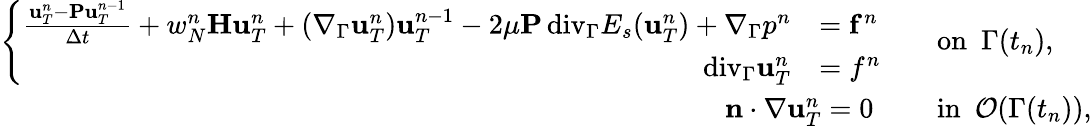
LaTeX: \begin{array}{rl}{\left\{ \begin{array}{rl}{\frac{\mathbf u_{T}^{n}-\mathbf P\mathbf u_{T}^{n-1}}{\Delta t}+w_{N}^{n}\mathbf H\mathbf u_{T}^{n}+(\nabla_{\Gamma}\mathbf u_{T}^{n})\mathbf u_{T}^{n-1}-2\mu\mathbf P{\mathop{\, \mathrm{div}}}_{\Gamma}E_{s}(\mathbf u_{T}^{n})+\nabla_{\Gamma}p^{n}}&{=\mathbf f^{n}}\\ {{\mathop{\, \mathrm{div}}}_{\Gamma}\mathbf u_{T}^{n}}&{=f^{n}}\end{array}\right.\quad}&{\mathrm{on}~~\Gamma(t_{n}),}\\ {\mathbf n\cdot\nabla\mathbf u_{T}^{n}=0~\quad}&{\mathrm{in}~~\mathcal{O}(\Gamma(t_{n})),}\end{array}